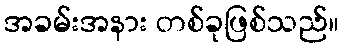
အခမ်းအနား တစ်ခုဖြစ်သည်။